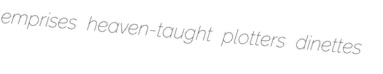
emprises heaven-taught plotters dinettes